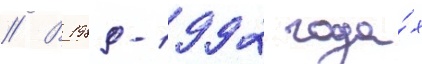
// В 1989-1992 года́х